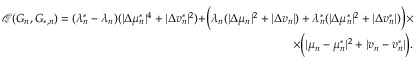
\begin{array} { r } { \mathcal { Q } ( G _ { n } , G _ { * , n } ) = ( \lambda _ { n } ^ { * } - \lambda _ { n } ) ( | \Delta \mu _ { n } ^ { * } | ^ { 4 } + | \Delta v _ { n } ^ { * } | ^ { 2 } ) + \biggr ( \lambda _ { n } ( | \Delta \mu _ { n } | ^ { 2 } + | \Delta v _ { n } | ) + \lambda _ { n } ^ { * } ( | \Delta \mu _ { n } ^ { * } | ^ { 2 } + | \Delta v _ { n } ^ { * } | ) \biggr ) \times } \\ { \times \biggr ( | \mu _ { n } - \mu _ { n } ^ { * } | ^ { 2 } + | v _ { n } - v _ { n } ^ { * } | \biggr ) . } \end{array}